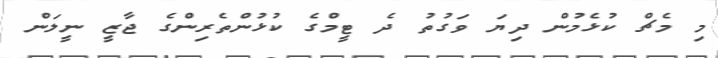
މި މެޗް ކުޅެމުން ދިޔަ ވަގުތު ދެ ޓީމްގެ ކުޅުންތެރިންގެ ޖާޒީ ނީލަން